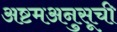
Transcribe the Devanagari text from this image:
अष्टमअनुसूची